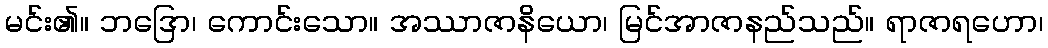
မင်း၏။ ဘဒြော၊ ကောင်းသော။ အဿာဇာနိယော၊ မြင်အာဇာနည်သည်။ ရာဇာရဟော၊